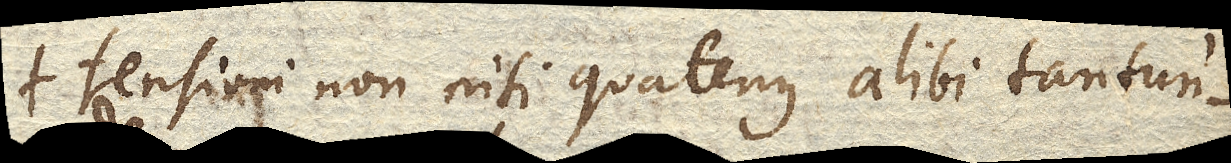
tensioni non nisi quatenus alibi tantun